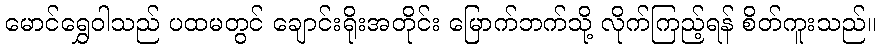
မောင်ရွှေဝါသည် ပထမတွင် ချောင်းရိုးအတိုင်း မြောက်ဘက်သို့ လိုက်ကြည့်ရန် စိတ်ကူးသည်။